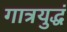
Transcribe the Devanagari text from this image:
गात्रयुद्धं